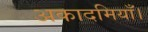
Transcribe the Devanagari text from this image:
अकादमियाँ।